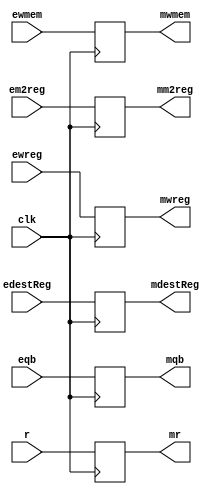
`timescale 1ns / 1ps
//////////////////////////////////////////////////////////////////////////////////
// Company: 
// Engineer: 
// 
// Design Name: 
// Module Name: EXEMEMPipeReg
// Project Name: 
// Target Devices: 
// Tool Versions: 
// Description: 
// 
// Dependencies: 
// 
// Revision:
// Revision 0.01 - File Created
// Additional Comments:
// 
//////////////////////////////////////////////////////////////////////////////////


module EXEMEMPipeReg(ewreg, em2reg, ewmem, edestReg, r, eqb, clk, mwreg, mm2reg, mwmem, mdestReg, mr, mqb);
    input ewreg;
    input em2reg;
    input ewmem;
    input [4:0] edestReg;
    input [31:0] r;
    input [31:0] eqb;
    input clk;
    output reg mwreg;
    output reg mm2reg;
    output reg mwmem;
    output reg [4:0] mdestReg;
    output reg [31:0] mr;
    output reg [31:0] mqb;
    
    always @ (posedge clk) begin
        mwreg = ewreg;
        mm2reg = em2reg;
        mwmem = ewmem;
        mdestReg = edestReg;
        mr = r;
        mqb = eqb;
    end
    
endmodule